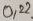
Text: 0,22